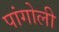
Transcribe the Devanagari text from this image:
पांगोली